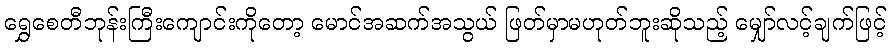
ရွှေစေတီဘုန်းကြီးကျောင်းကိုတော့ မောင်အဆက်အသွယ် ဖြတ်မှာမဟုတ်ဘူးဆိုသည့် မျှော်လင့်ချက်ဖြင့်